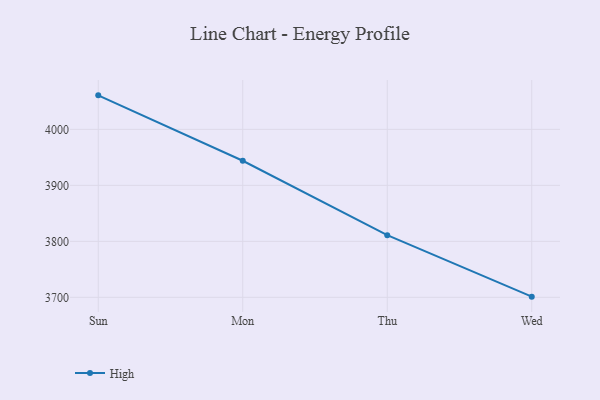
{"axis": {"x": "Day", "y": "Customer Acquisition Cost (USD)"}, "legend": ["High"], "data": [{"x": "Sun", "y": 4060.7, "type": "High"}, {"x": "Mon", "y": 3943.9, "type": "High"}, {"x": "Thu", "y": 3811.0, "type": "High"}, {"x": "Wed", "y": 3701.2, "type": "High"}]}